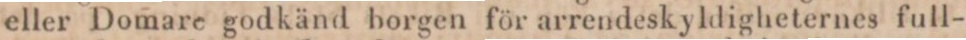
eller Domare godkänd borgen för arrendeskyldigheternes full-